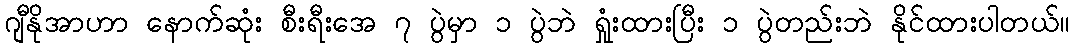
ဂျီနိုအာဟာ နောက်ဆုံး စီးရီးအေ ၇ ပွဲမှာ ၁ ပွဲဘဲ ရှုံးထားပြီး ၁ ပွဲတည်းဘဲ နိုင်ထားပါတယ်။